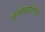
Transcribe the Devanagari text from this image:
अलससलोरेन